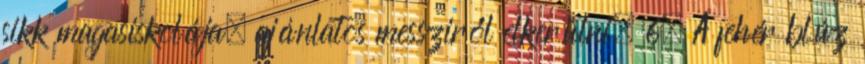
sikk magasiskolája, ajánlatos messziről elkerülni. 6. A fehér blúz